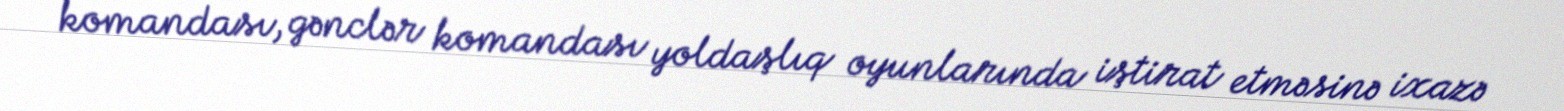
komandası, gənclər komandası yoldaşlıq oyunlarında iştirat etməsinə ixazə